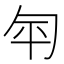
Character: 匉